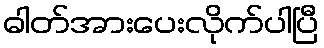
ဓါတ်အားပေးလိုက်ပါပြီ